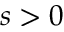
s > 0